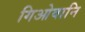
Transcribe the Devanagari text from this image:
गिओवानि